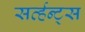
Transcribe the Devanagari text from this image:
सर्व्हन्ट्स